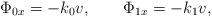
LaTeX: \begin{align*}\Phi_{0x}=-k_0v,\qquad\Phi_{1x}=-k_1v,\end{align*}